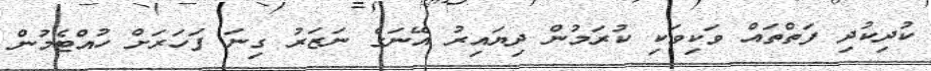
ކުދިކުދި ފަތްތައް ވަކިވަކި ކުރަމުން ދިޔައިރު އޭނަގެ ނަޒަރު ގިނަ ފަހަރަށް ހުއްޓެމުން